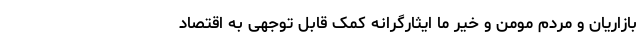
بازاریان و مردم مومن و خیر ما ایثارگرانه کمک قابل توجهی به اقتصاد